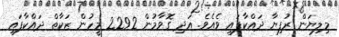
މިލިޔަން ރުފިޔާ ދައްކާފައި ވެއެެވެ. އަދި ގޮވާމުން 2292 މީހުން ޒަކާތް ދައްކާފައި